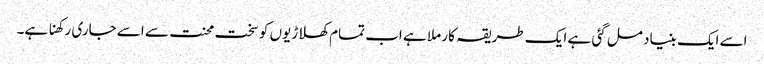
اسے ایک بنیاد مل گئی ہے ایک طریقہ کار ملا ہے اب تمام کھلاڑیوں کو سخت محنت سے اسے جاری رکھنا ہے۔